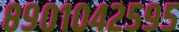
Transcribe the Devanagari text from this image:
८९०१०४२५९५